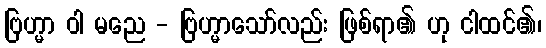
ဗြဟ္မာ ဝါ မညေ - ဗြဟ္မာသော်လည်း ဖြစ်ရာ၏ ဟု ငါထင်၏၊